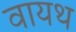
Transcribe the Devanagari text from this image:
वायथ